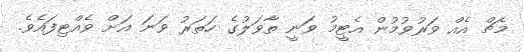
މެޗް އެއް ވަރުވުމުން އެޓީމު ވަނީ ތާވަލުގެ ހަތަރު ވަނަ އަށް ވެއްޓިފައެވެ.